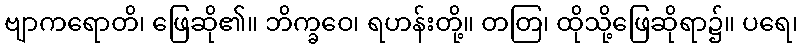
ဗျာကရောတိ၊ ဖြေဆို၏။ ဘိက္ခဝေ၊ ရဟန်းတို့။ တတြ၊ ထိုသို့ဖြေဆိုရာ၌။ ပရေ၊